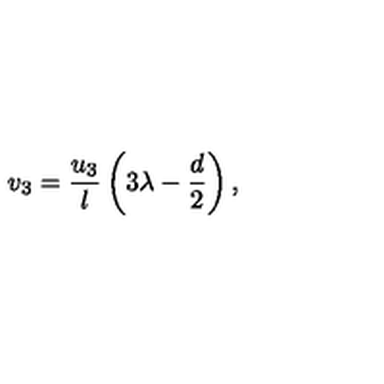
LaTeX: v _ { 3 } = \frac { u _ { 3 } } l \left( 3 \lambda - \frac { d } 2 \right) ,